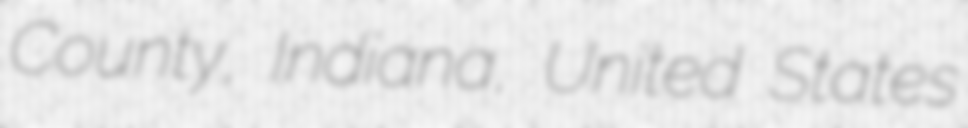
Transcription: County, Indiana, United States